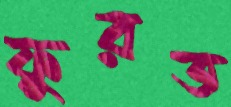
ফুরত